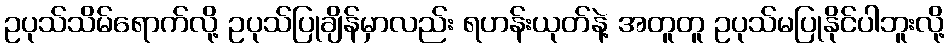
ဥပုသ်သိမ်ရောက်လို့ ဥပုသ်ပြုချိန်မှာလည်း ရဟန်းယုတ်နဲ့ အတူတူ ဥပုသ်မပြုနိုင်ပါဘူးလို့